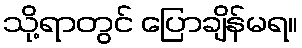
သို့ရာတွင် ပြောချိန်မရ။